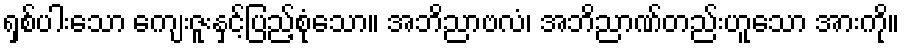
ရှစ်ပါးသော ကျေးဇူးနှင့်ပြည့်စုံသော။ အဘိညာဗလံ၊ အဘိညာဏ်တည်းဟူသော အားကို။